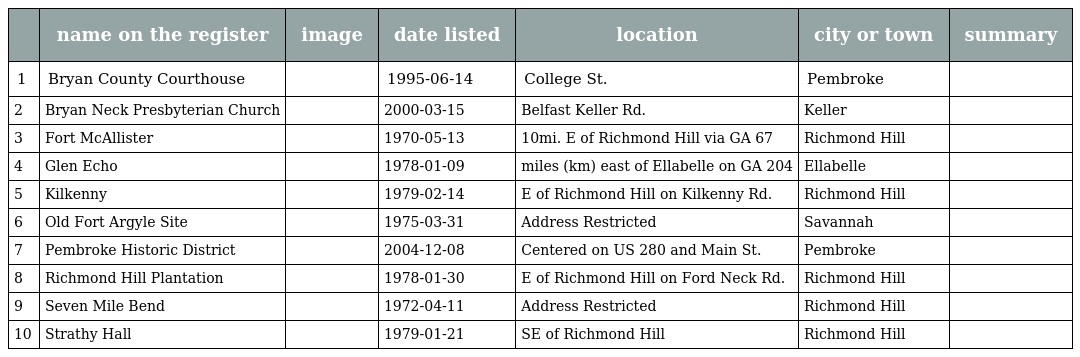
|  | name on the register | image | date listed | location | city or town | summary |
 | --- | --- | --- | --- | --- | --- | --- |
 | 1 | Bryan County Courthouse |  | 1995-06-14 | College St. | Pembroke |  |
 | 2 | Bryan Neck Presbyterian Church |  | 2000-03-15 | Belfast Keller Rd. | Keller |  |
 | 3 | Fort McAllister |  | 1970-05-13 | 10mi. E of Richmond Hill via GA 67 | Richmond Hill |  |
 | 4 | Glen Echo |  | 1978-01-09 | miles (km) east of Ellabelle on GA 204 | Ellabelle |  |
 | 5 | Kilkenny |  | 1979-02-14 | E of Richmond Hill on Kilkenny Rd. | Richmond Hill |  |
 | 6 | Old Fort Argyle Site |  | 1975-03-31 | Address Restricted | Savannah |  |
 | 7 | Pembroke Historic District |  | 2004-12-08 | Centered on US 280 and Main St. | Pembroke |  |
 | 8 | Richmond Hill Plantation |  | 1978-01-30 | E of Richmond Hill on Ford Neck Rd. | Richmond Hill |  |
 | 9 | Seven Mile Bend |  | 1972-04-11 | Address Restricted | Richmond Hill |  |
 | 10 | Strathy Hall |  | 1979-01-21 | SE of Richmond Hill | Richmond Hill |  |